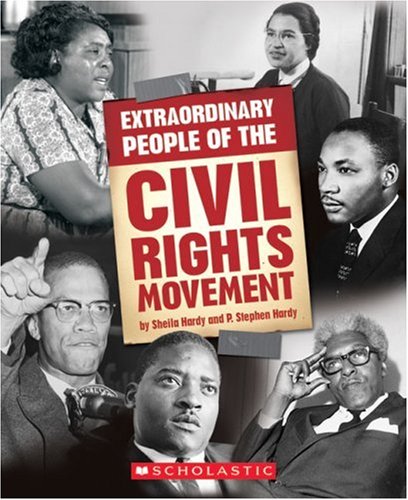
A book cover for Extraordinary People of the Civil Rights Movement; Sheila Hardy; Teen & Young Adult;